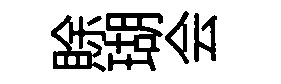
賖瑚会